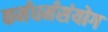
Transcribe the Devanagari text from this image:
कर्मधर्मसंयोग